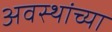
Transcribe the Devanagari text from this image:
अवस्थांच्या